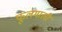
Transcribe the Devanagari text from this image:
फूलमाली